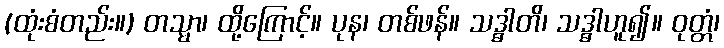
(ထုံးစံတည်း။) တသ္မာ၊ ထို့ကြောင့်။ ပုန၊ တစ်ဖန်။ သဒ္ဓါတိ၊ သဒ္ဓါဟူ၍။ ဝုတ္တံ၊